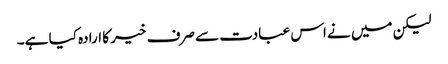
لیکن میں نے اس عبادت سے صرف خیر کا ارادہ کیا ہے۔